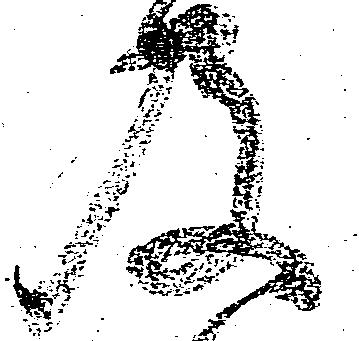
及